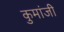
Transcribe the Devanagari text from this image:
कुमांजी